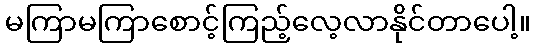
မကြာမကြာစောင့်ကြည့်လေ့လာနိုင်တာပေါ့။